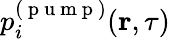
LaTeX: p_{i}^{(\mathrm{~p~u~m~p~})}(\textbf{r},\tau)